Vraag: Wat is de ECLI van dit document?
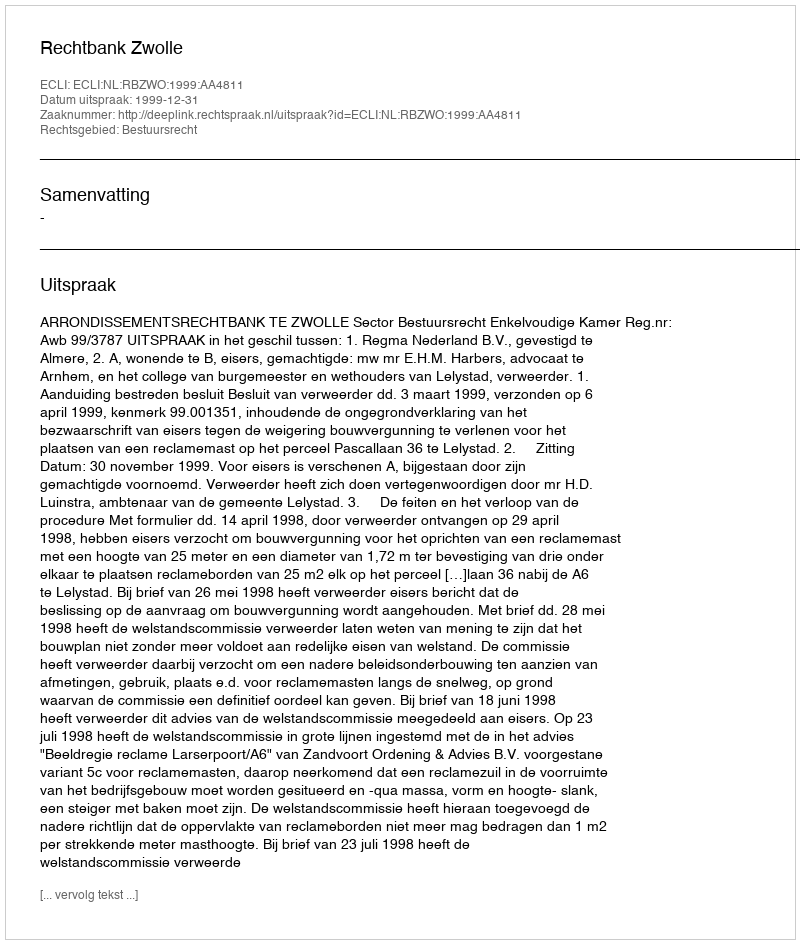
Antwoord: ECLI:NL:RBZWO:1999:AA4811